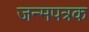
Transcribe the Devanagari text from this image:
जन्मपत्रक